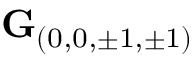
\mathbf { G } _ { ( 0 , 0 , \pm 1 , \pm 1 ) }